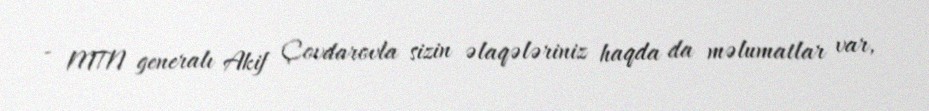
- MTN generalı Akif Çovdarovla sizin əlaqələriniz haqda da məlumatlar var,